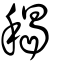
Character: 䅥